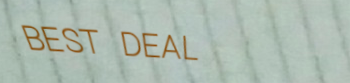
BEST DEAL